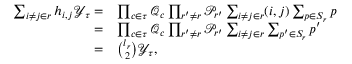
\begin{array} { r l } { \sum _ { i \ne j \in r } h _ { i , j } \mathcal { Y } _ { \tau } = } & { \prod _ { c \in \tau } \mathcal { Q } _ { c } \prod _ { r ^ { \prime } \ne r } \mathcal { P } _ { r ^ { \prime } } \sum _ { i \ne j \in r } ( i , j ) \sum _ { p \in S _ { r } } p } \\ { = } & { \prod _ { c \in \tau } \mathcal { Q } _ { c } \prod _ { r ^ { \prime } \ne r } \mathcal { P } _ { r ^ { \prime } } \sum _ { i \ne j \in r } \sum _ { p ^ { \prime } \in S _ { r } } p ^ { \prime } } \\ { = } & { \binom { l _ { r } } { 2 } \mathcal { Y } _ { \tau } , } \end{array}